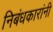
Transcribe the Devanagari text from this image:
निबंधकारांनी